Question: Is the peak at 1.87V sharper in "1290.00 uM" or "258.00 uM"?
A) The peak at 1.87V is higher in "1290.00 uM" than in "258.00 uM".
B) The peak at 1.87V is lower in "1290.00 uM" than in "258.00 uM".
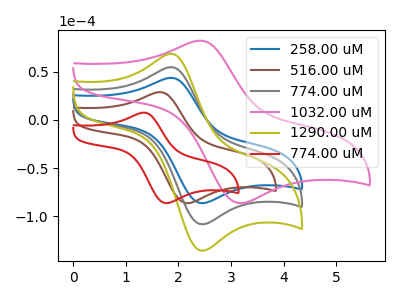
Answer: <think>The blue curve "258.00 uM" has an anodic peak at (1.85V, 43.60uA) and a cathodic peak at (2.50V, -86.20uA). The brown curve "516.00 uM" has an anodic peak at (1.65V, 28.75uA) and a cathodic peak at (2.20V, -86.25uA). The gray curve "774.00 uM" has an anodic peak at (1.85V, 54.65uA) and a cathodic peak at (2.50V, -108.10uA). The pink curve "1032.00 uM" has an anodic peak at (2.45V, 82.15uA) and a cathodic peak at (3.25V, -86.20uA). The olive curve "1290.00 uM" has an anodic peak at (1.85V, 109.30uA) and a cathodic peak at (2.50V, -216.20uA). The red curve "774.00 uM" has an anodic peak at (1.35V, 7.55uA) and a cathodic peak at (1.80V, -86.25uA).</think>
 <answer>A) The peak at 1.87V is higher in "1290.00 uM" than in "258.00 uM".</answer>
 <eval>A</eval>